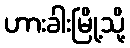
ဟားခါးမြို့သို့